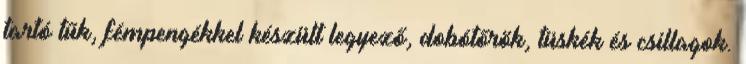
tartó tűk, fémpengékkel készült legyező, dobótőrök, tüskék és csillagok.